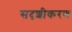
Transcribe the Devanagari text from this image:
सदृशीकरण